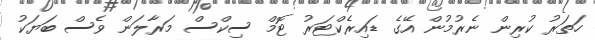
ހަތަރު ކުރިން ނެރުމުން އޭގެ ޑައިރެކްޓަރު ޓޮމް ސިކްސް މަރާލަން ވެސް ބަޔަކު